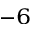
^ { - 6 }